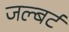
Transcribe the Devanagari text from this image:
जल्बर्ट